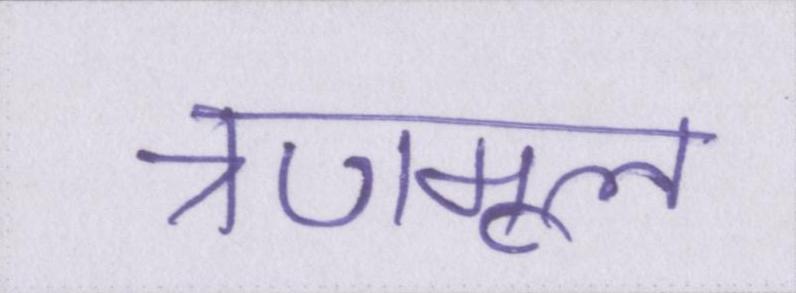
त्रणमूल